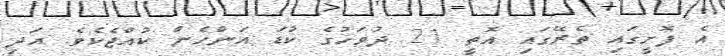
އެ ފޮށީގައި ތެރޭގައި އޮތީ 21 ދުވަހުގެ ކުޑަ އަންހެން ކުއްޖެކެވެ. އަދި